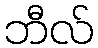
ဘီလ်